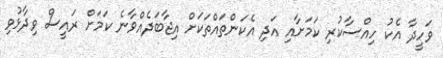
ވަހީދާ އެކު ހިއްސާކުރި ކަމަށާއި އަދި އެކަންތައްތަކަށް އިޖާބަދެއްވާނެ ކަމަށް ރައީސް ވިދާޅުވި